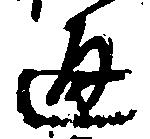
通